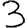
Digit: 3